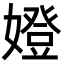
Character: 嬁